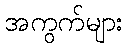
အကွက်များ